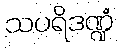
သပရိဒဏ္ဍံ